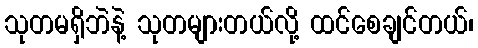
သုတမရှိဘဲနဲ့ သုတများတယ်လို့ ထင်စေချင်တယ်၊